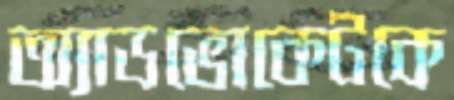
অ্যাডভোকেটকে